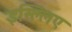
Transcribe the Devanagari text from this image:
इस्ल्लिए